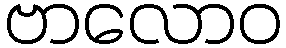
ဗာလောဝ